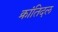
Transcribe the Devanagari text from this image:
क्रांतिदल